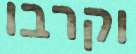
וקרבו